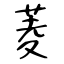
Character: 菱